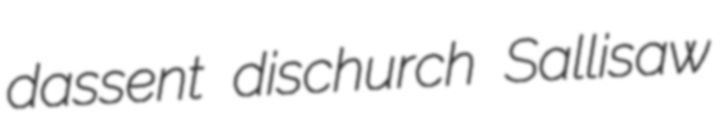
dassent dischurch Sallisaw